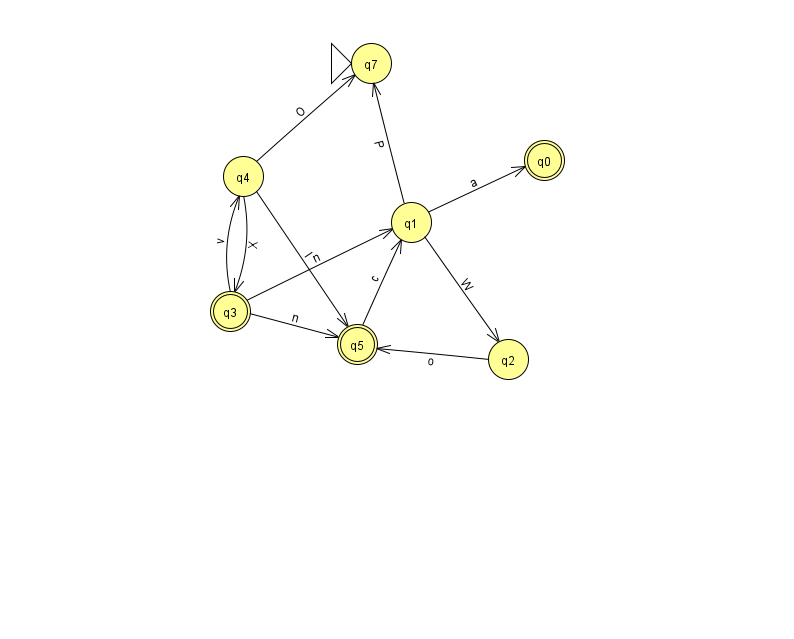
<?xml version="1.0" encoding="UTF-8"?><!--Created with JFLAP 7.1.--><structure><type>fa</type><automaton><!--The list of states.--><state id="0" name="q0"><x>544.0</x><y>147.0</y><final/></state><state id="1" name="q1"><x>411.0</x><y>209.0</y></state><state id="2" name="q2"><x>508.0</x><y>346.0</y></state><state id="3" name="q3"><x>230.0</x><y>298.0</y><final/></state><state id="4" name="q4"><x>243.0</x><y>163.0</y></state><state id="5" name="q5"><x>357.0</x><y>331.0</y><final/></state><state id="7" name="q7"><x>371.0</x><y>50.0</y><initial/></state><!--The list of transitions.--><transition><from>3</from><to>1</to><read>n</read></transition><transition><from>5</from><to>1</to><read>c</read></transition><transition><from>3</from><to>5</to><read>n</read></transition><transition><from>4</from><to>3</to><read>X</read></transition><transition><from>1</from><to>2</to><read>W</read></transition><transition><from>1</from><to>7</to><read>P</read></transition><transition><from>4</from><to>5</to><read>I</read></transition><transition><from>4</from><to>7</to><read>O</read></transition><transition><from>1</from><to>0</to><read>a</read></transition><transition><from>3</from><to>4</to><read>v</read></transition><transition><from>2</from><to>5</to><read>o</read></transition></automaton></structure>